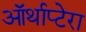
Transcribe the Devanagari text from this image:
ऑर्थाप्टेरा